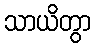
သာယိတွာ